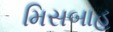
મિસબાહ